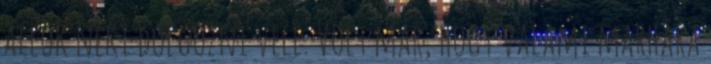
állok neki dolgozni vele. Volt már, hogy valami marhára